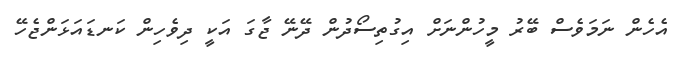
އެހެން ނަމަވެސް ބޭރު މީހުންނަށް އިގުތިސޯދުން ދޭނޭ ޖާގަ އަކީ ދިވެހިން ކަނޑައަޅަންޖެހޭ